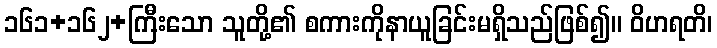
၁၆၁+၁၆၂+ကြီးသော သူတို့၏ စကားကိုနာယူခြင်းမရှိသည်ဖြစ်၍။ ဝိဟရတိ၊